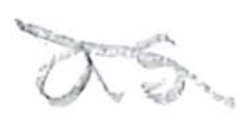
Text: as
Cross-out: diagonal
Writing tool: pencil